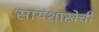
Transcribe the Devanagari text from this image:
सायंशाखेची